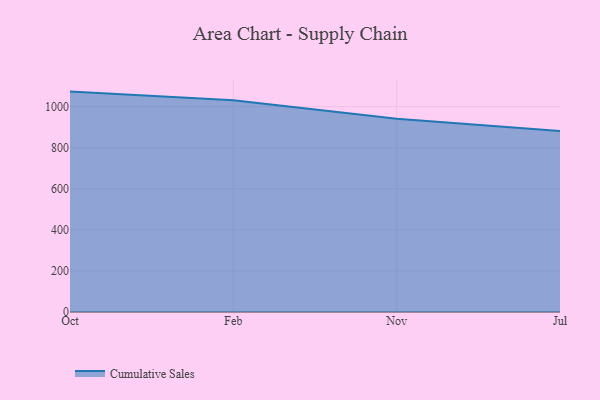
{"axis": {"x": "Month", "y": "Website Visitors"}, "legend": ["Cumulative Sales"], "data": [{"x": "Oct", "y": 1073.1, "type": "Cumulative Sales"}, {"x": "Feb", "y": 1030.9, "type": "Cumulative Sales"}, {"x": "Nov", "y": 941.0, "type": "Cumulative Sales"}, {"x": "Jul", "y": 881.6, "type": "Cumulative Sales"}]}